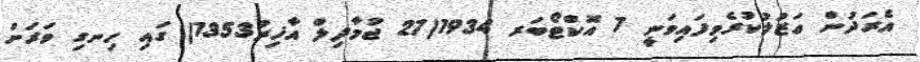
އެރަދުން ޢަޒުލުކުރެވިފައިވަނީ 7 އޮކްޓޯބަރ 1934(27 ޖުމާދިލް އާޚިރު1353) ގައި ހިނގި ވަރަށް